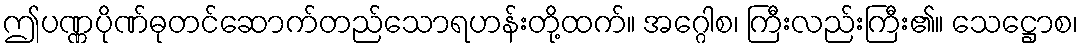
ဤပဏ္ဏပိုဏ်ဓုတင်ဆောက်တည်သောရဟန်းတို့ထက်။ အဂ္ဂေါစ၊ ကြီးလည်းကြီး၏။ သေဋ္ဌောစ၊